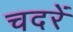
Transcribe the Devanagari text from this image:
चदरें